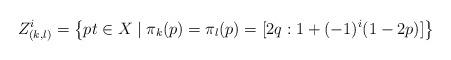
LaTeX: \begin{align*}Z_{(k,l)}^i = \left\{ pt \in X \mid \pi_k(p) = \pi_l(p) = [2q : 1+ (-1)^i (1 - 2 p)] \right\}\end{align*}